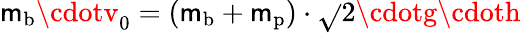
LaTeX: \mathsf{m}_{\textrm{{b}}}\cdotv_{0}=(\mathsf{m}_{\textrm{{b}}}+\mathsf{m}_{\textrm{{p}}})\cdot{\sqrt{}{{2\cdotg\cdoth}}}